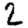
Digit: 2